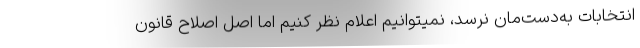
انتخابات به‌دست‌مان نرسد، نمیتوانیم اعلام نظر کنیم اما اصل اصلاح قانون